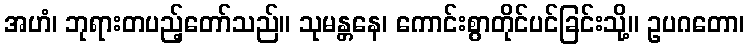
အဟံ၊ ဘုရားတပည့်တော်သည်။ သုမန္တနေ၊ ကောင်းစွာတိုင်ပင်ခြင်းသို့။ ဥပဂတော၊